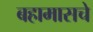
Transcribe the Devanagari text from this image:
बहामासचे